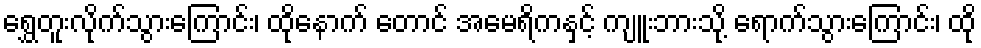
ရွှေတူးလိုက်သွားကြောင်း၊ ထိုနောက် တောင် အမေရိကနှင့် ကျူးဘားသို့ ရောက်သွားကြောင်း၊ ထို